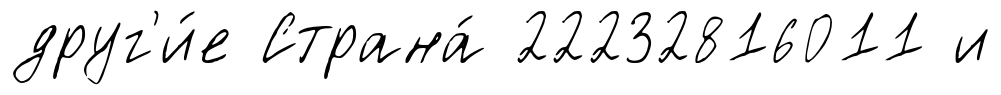
друг'и́е Страна́ 22232816011 и